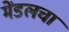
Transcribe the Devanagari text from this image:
मेंडलचा